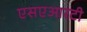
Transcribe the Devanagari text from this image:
एसएआरटी